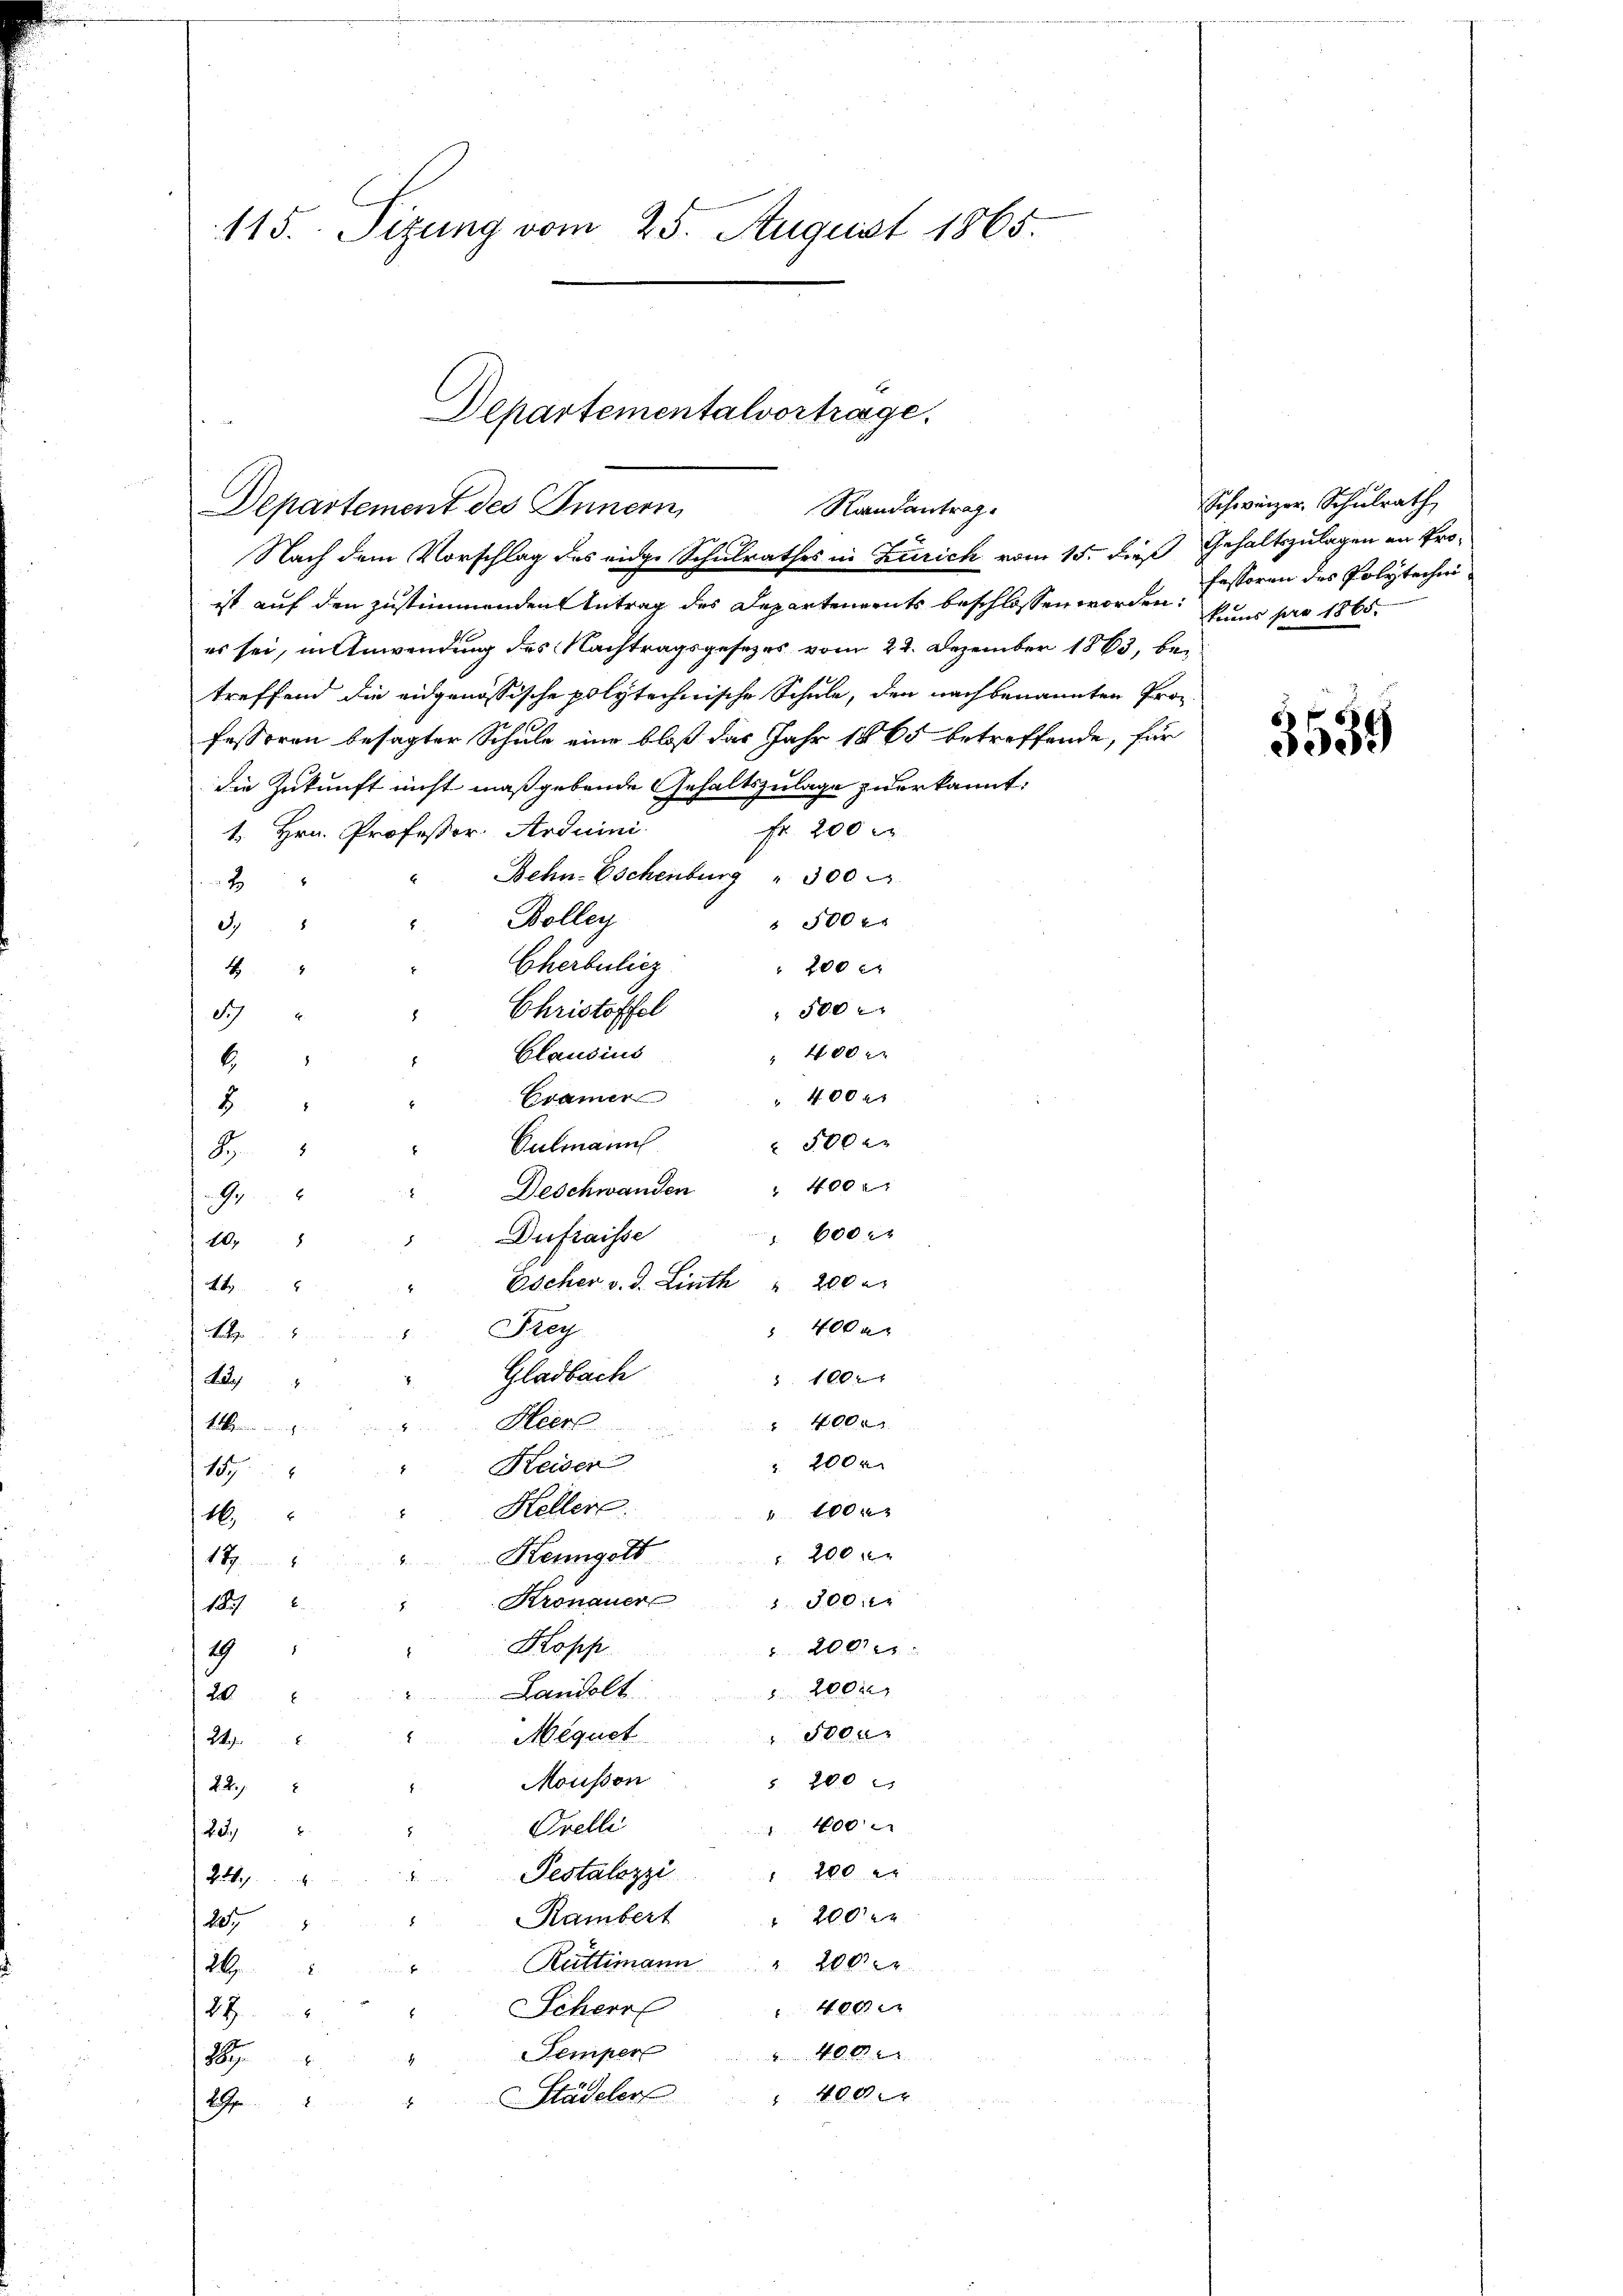
115. Sizung vom 25. August 1865.

Departementalvortrage.
Departement des Innern,
Randantrag

Nach dem Vorschlag des eige Schulrathes in Zürich vom 15. dieß
ist auf den zustimmenden Antrag des Departenamts beschlossen worden:
es sei, in Anwendung des Nachtragsgesetzes vom 22. Dezember 1863, bei
treffend die eidgenössische polytechnische Schule, den nachbenannten Professoren besagter Schule eine bloß das Jahr 1865 betreffende, für
die Zukunft nicht maßgebende Gehaltszulage zu erkannt:
Fr. 200 r
1. Hrn. Professor Arduini.
Behn-Eschenburg " 300
2
Bolleg
500 x
S.
Cherbulicz
 200 e
4
500
Christoffel
Sch
 400
Clausius
6.
" 400 r
Cramer
2
 500 er
Culmann
S
Deschwanden " 400 x
G
 600 r
Dufraisse
10
Escher v. d. Linth " 200 r
44.
 400 a
Frag
1
Gladbach
 f 20 x
L
" 4000
Heer
bekennen wenigen
 200 r
Keiser
15
Heller.
 100 x
1.
 200
Kengott
18
Kronauer " 300 er
18
Kopp
2007
19
 200 r
Landolt.
20
Foeur
Méguet
24
 200
Mousson
22.
400
Orelli
22
200
Pestalozzi
24
 200 er
Rambert
2077
Rüttimann " 200
16.
400
Scherr
88.
Semper
A . . . . des
18
 400
Städeler
E

Schweizer. Schulrath
Gehaltszulagen an Professoren des Polytechni
kans pro 1865.

3539